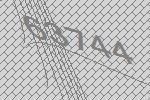
63744